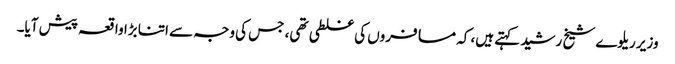
وزیر ریلوے شیخ رشید کہتے ہیں، کہ مسافروں کی غلطی تھی، جس کی وجہ سے اتنا بڑا واقعہ پیش آیا۔